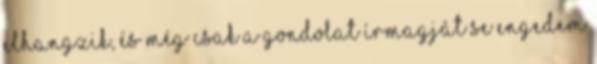
elhangzik, és még csak a gondolat írmagját se engedem